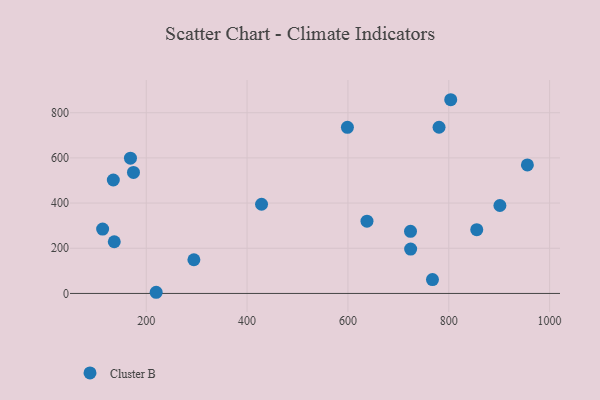
{"axis": {"x": "Distance", "y": "Salary"}, "legend": ["Cluster B"], "data": [{"x": "855.5", "y": 282.5, "type": "Cluster B"}, {"x": "637.8", "y": 319.9, "type": "Cluster B"}, {"x": "724.4", "y": 196.6, "type": "Cluster B"}, {"x": "294.5", "y": 149.2, "type": "Cluster B"}, {"x": "599.0", "y": 735.5, "type": "Cluster B"}, {"x": "113.5", "y": 284.9, "type": "Cluster B"}, {"x": "174.7", "y": 535.7, "type": "Cluster B"}, {"x": "780.7", "y": 735.7, "type": "Cluster B"}, {"x": "955.9", "y": 569.0, "type": "Cluster B"}, {"x": "428.7", "y": 394.9, "type": "Cluster B"}, {"x": "901.4", "y": 389.4, "type": "Cluster B"}, {"x": "803.9", "y": 857.5, "type": "Cluster B"}, {"x": "136.6", "y": 228.8, "type": "Cluster B"}, {"x": "134.7", "y": 502.1, "type": "Cluster B"}, {"x": "724.1", "y": 275.1, "type": "Cluster B"}, {"x": "767.7", "y": 61.4, "type": "Cluster B"}, {"x": "219.7", "y": 5.2, "type": "Cluster B"}, {"x": "168.7", "y": 598.6, "type": "Cluster B"}]}